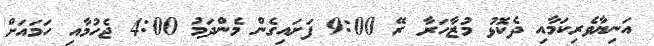
އަނިޔާވެރިކަމާއި ދެކޮޅު މުޒާހަރާ ރޭ 9:00 ފަށައިގެން މެންދަމު 4:00 ޖެހުމާއި ހަމައަށް